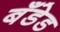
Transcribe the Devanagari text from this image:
बँडेड